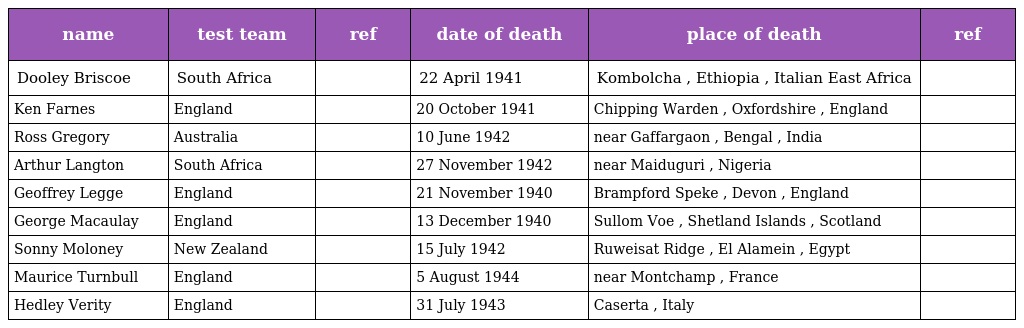
| name | test team | ref | date of death | place of death | ref |
 | --- | --- | --- | --- | --- | --- |
 | Dooley Briscoe | South Africa |  | 22 April 1941 | Kombolcha , Ethiopia , Italian East Africa |  |
 | Ken Farnes | England |  | 20 October 1941 | Chipping Warden , Oxfordshire , England |  |
 | Ross Gregory | Australia |  | 10 June 1942 | near Gaffargaon , Bengal , India |  |
 | Arthur Langton | South Africa |  | 27 November 1942 | near Maiduguri , Nigeria |  |
 | Geoffrey Legge | England |  | 21 November 1940 | Brampford Speke , Devon , England |  |
 | George Macaulay | England |  | 13 December 1940 | Sullom Voe , Shetland Islands , Scotland |  |
 | Sonny Moloney | New Zealand |  | 15 July 1942 | Ruweisat Ridge , El Alamein , Egypt |  |
 | Maurice Turnbull | England |  | 5 August 1944 | near Montchamp , France |  |
 | Hedley Verity | England |  | 31 July 1943 | Caserta , Italy |  |